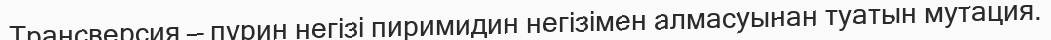
Трансверсия — пурин негізі пиримидин негізімен алмасуынан туатын мутация.